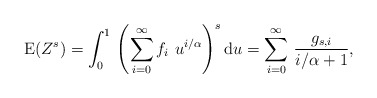
\begin{align*}\mathrm{E}(Z^s)=\int_{0}^{1}\,\left(\sum_{i=0}^{\infty} f_i\,\,u^{i/\alpha}\right)^s\mathrm{d}u=\sum_{i=0}^{\infty}\,\frac{g_{s,i}}{i/\alpha+1},\end{align*}